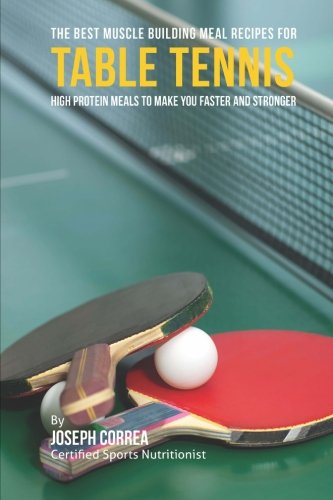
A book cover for The Best Muscle Building Meal Recipes for Table Tennis: High Protein Meals to Make You Faster and Stronger; Joseph Correa (Certified Sports Nutritionist); Sports & Outdoors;